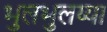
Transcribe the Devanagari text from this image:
भुलभुलय्या